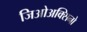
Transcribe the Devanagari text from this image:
जिओअक्सिनो